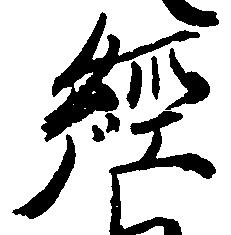
経